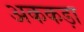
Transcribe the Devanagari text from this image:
अककड़ा